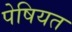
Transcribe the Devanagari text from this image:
पेषियत